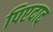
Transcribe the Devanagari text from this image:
पिएदाद